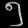
Digit: ၅